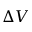
\Delta V